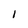
Character: I